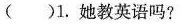
( )1.她教英语吗?